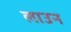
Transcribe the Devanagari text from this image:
लाउन